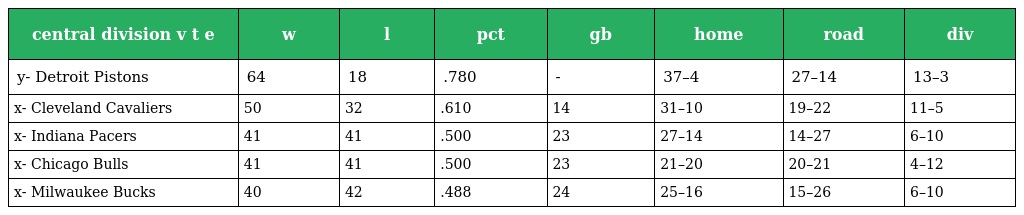
| central division v t e | w | l | pct | gb | home | road | div |
 | --- | --- | --- | --- | --- | --- | --- | --- |
 | y- Detroit Pistons | 64 | 18 | .780 | - | 37–4 | 27–14 | 13–3 |
 | x- Cleveland Cavaliers | 50 | 32 | .610 | 14 | 31–10 | 19–22 | 11–5 |
 | x- Indiana Pacers | 41 | 41 | .500 | 23 | 27–14 | 14–27 | 6–10 |
 | x- Chicago Bulls | 41 | 41 | .500 | 23 | 21–20 | 20–21 | 4–12 |
 | x- Milwaukee Bucks | 40 | 42 | .488 | 24 | 25–16 | 15–26 | 6–10 |